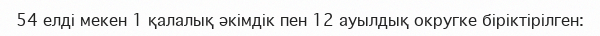
54 елді мекен 1 қалалық әкімдік пен 12 ауылдық округке біріктірілген: